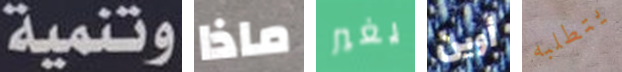
وتنمية ماذا يغير أوين يتطلبه